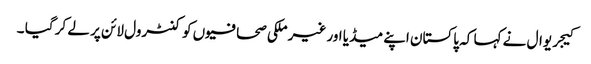
کیجریوال نے کہا کہ پاکستان اپنے میڈیا اور غیر ملکی صحافیوں کو کنٹرول لائن پر لے کر گیا ۔